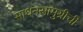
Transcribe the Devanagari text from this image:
साधनसामुग्रीची